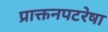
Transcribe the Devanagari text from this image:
प्राक्तनपटरेषा